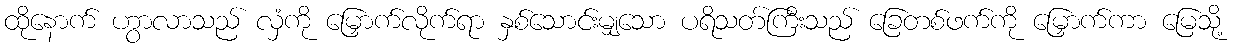
ထိုနောက် ဟွာလာသည် လှံကို မြှောက်လိုက်ရာ နှစ်သောင်းမျှသော ပရိသတ်ကြီးသည် ခြေတစ်ဖက်ကို မြှောက်ကာ မြေသို့